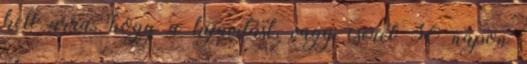
kell arra, hogy a kijavítást, vagy cserét 30 napon